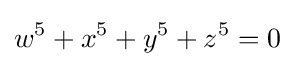
w^{5}+x^{5}+y^{5}+z^{5}=0